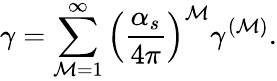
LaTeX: \gamma=\sum_{\mathcal{M}=1}^{\infty}\left(\frac{{\alpha_{s}}}{{4\pi}}\right)^{\mathcal{M}}\gamma^{(\mathcal{M})}.